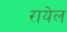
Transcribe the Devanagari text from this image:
रायेल